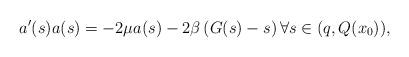
LaTeX: \begin{align*}a^{\prime}(s)a(s)=-2\mu a(s)-2\beta\left(G(s)-s\right) \forall s\in (q,Q(x_0)),\end{align*}